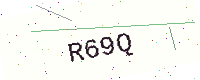
Text: R69Q